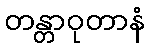
တန္တာဝုတာနံ